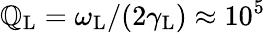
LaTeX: \mathbb{Q}_{\mathrm{{L}}}=\omega_{\mathrm{{L}}}/(2\gamma_{\mathrm{{L}}})\approx10^{5}